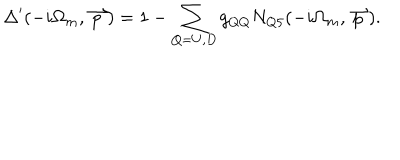
{ \Delta } ^ { \prime } ( - i \Omega _ { m } , \stackrel { \rightharpoonup } { p } ) = 1 - \sum _ { Q = U , D } g _ { Q Q } N _ { Q 5 } ( - i \Omega _ { m } , \stackrel { \rightharpoonup } { p } ) .